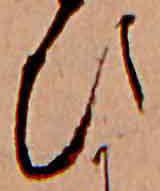
ひ